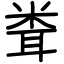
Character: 𥹢